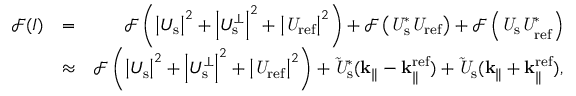
\begin{array} { r l r } { \mathcal { F } ( I ) } & { = } & { \mathcal { F } \left( { \left| U _ { \mathrm { s } } \right| } ^ { 2 } + \left| U _ { \mathrm { s } } ^ { \perp } \right| ^ { 2 } + { \left| \it U _ { \mathrm { r e f } } \right| } ^ { 2 } \right) + \mathcal { F } \left( \it U _ { \mathrm { s } } ^ { \ast } U _ { \mathrm { r e f } } \right) + \mathcal { F } \left( \it U _ { \mathrm { s } } U _ { \mathrm { r e f } } ^ { \ast } \right) } \\ & { \approx } & { \mathcal { F } \left( { \left| U _ { \mathrm { s } } \right| } ^ { 2 } + \left| U _ { \mathrm { s } } ^ { \perp } \right| ^ { 2 } + { \left| \it U _ { \mathrm { r e f } } \right| } ^ { 2 } \right) + \it \Tilde { U } _ { \mathrm { s } } ^ { \ast } ( \bf k _ { \parallel } - k _ { \parallel } ^ { \mathrm { r e f } } ) + \it \Tilde { U } _ { \mathrm { s } } ( \bf k _ { \parallel } + k _ { \parallel } ^ { \mathrm { r e f } } ) , } \end{array}